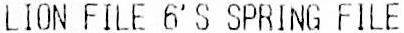
LION FILE 6'S SPRING FILE